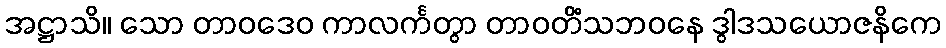
အဋ္ဌာသိ။ သော တာဝဒေဝ ကာလင်္ကတွာ တာဝတိံသဘဝနေ ဒွါဒသယောဇနိကေ